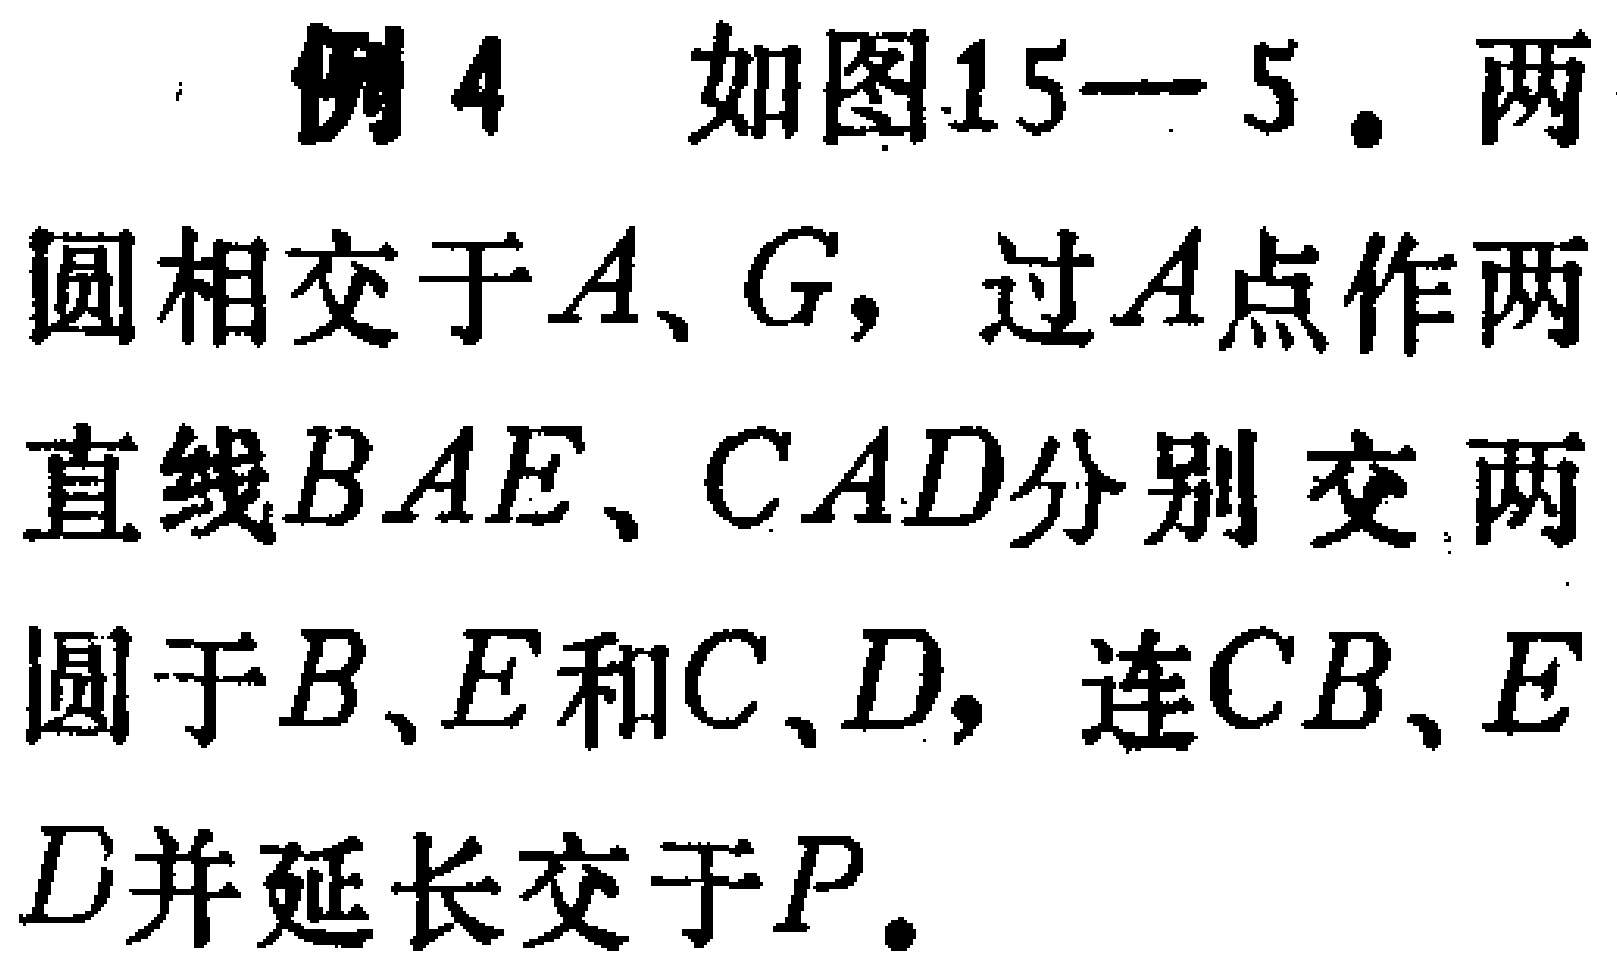
例4 如图15—5. 两圆相交于\(A\)、\(G\)，过\(A\)点作两直线\(BAE\)、\(CAD\)分别交两圆于\(B\)、\(E\)和\(C\)、\(D\)，连\(CB\)、\(ED\)并延长交于\(P\)。